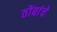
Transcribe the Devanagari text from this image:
ठोंबांचे